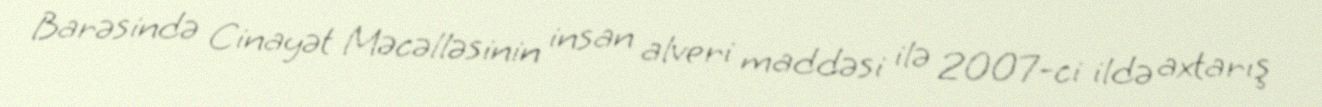
Barəsində Cinayət Məcəlləsinin insan alveri maddəsi ilə 2007-ci ildə axtarış